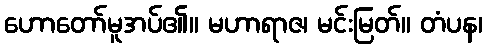
ဟောတော်မူအပ်၏။ မဟာရာဇ၊ မင်းမြတ်။ တံပန၊